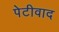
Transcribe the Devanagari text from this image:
पेटीवाद